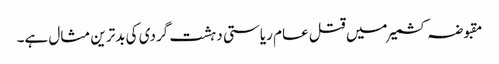
مقبوضہ کشمیر میں قتل عام ریاستی دہشت گردی کی بدترین مثال ہے۔